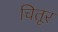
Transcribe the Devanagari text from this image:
चितूर